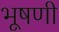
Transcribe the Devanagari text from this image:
भूषणी